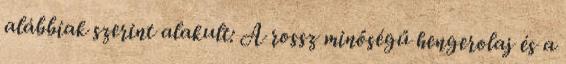
alábbiak szerint alakult: A rossz minőségű hengerolaj és a